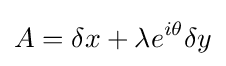
A=\delta x+\lambda e^{i\theta }\delta y